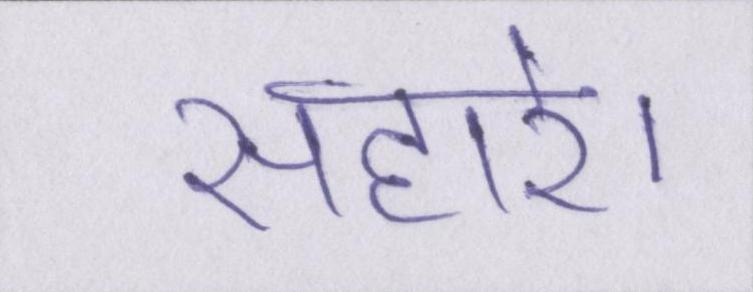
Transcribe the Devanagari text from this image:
सहारे।